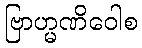
ဗြာဟ္မဏိဝေါစ